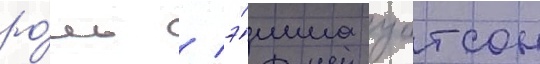
ро́ль / э́мма уотсон